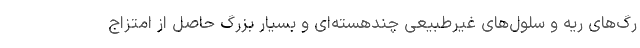
رگ‌های ریه و سلول‌های غیرطبیعی چندهسته‌ای و بسیار بزرگ حاصل از امتزاج